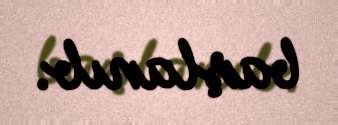
başlanıb.